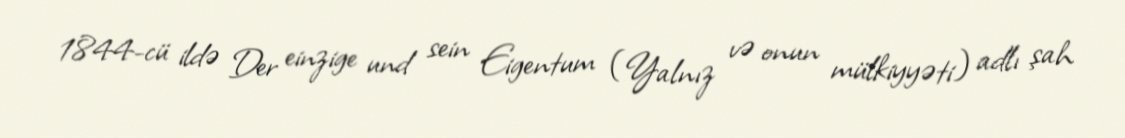
1844-cü ildə Der einzige und sein Eigentum (Yalnız və onun mülkiyyəti) adlı şah